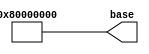
module const_base(
	output [31:0]base
);

	assign base = 32'h8000_0000;

endmodule